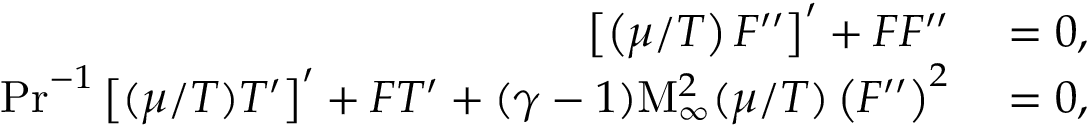
\begin{array} { r l } { \left[ \left( \mu / T \right) F ^ { \prime \prime } \right] ^ { \prime } + F F ^ { \prime \prime } } & { { } = 0 , } \\ { \mathrm { P r } ^ { - 1 } \left[ ( \mu / T ) T ^ { \prime } \right] ^ { \prime } + F T ^ { \prime } + ( \gamma - 1 ) \mathrm { M } _ { \infty } ^ { 2 } ( \mu / T ) \left( F ^ { \prime \prime } \right) ^ { 2 } } & { { } = 0 , } \end{array}